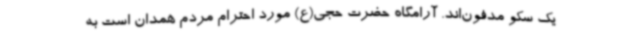
یک سکو مدفون‌اند. آرامگاه حضرت حجی(ع) مورد احترام مردم همدان است به